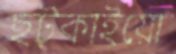
ছট্‌কাইয়ো